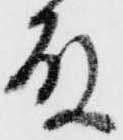
殿